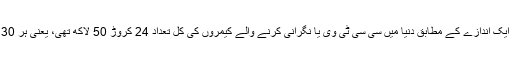
چند برس پہلے کے ایک اندازے کے مطابق دنیا میں سی سی ٹی وی یا نگرانی کرنے والے کیمروں کی کل تعداد 24 کروڑ 50 لاکھ تھی، یعنی ہر 30 افراد پر ایک کیمرا۔